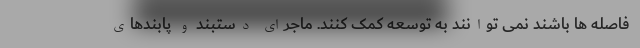
فاصله ها باشند نمی توانند به توسعه کمک کنند. ماجرای دستبند و پابندهای